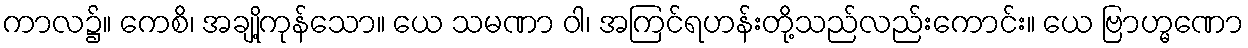
ကာလ၌။ ကေစိ၊ အချို့ကုန်သော။ ယေ သမဏာ ဝါ၊ အကြင်ရဟန်းတို့သည်လည်းကောင်း။ ယေ ဗြာဟ္မဏော